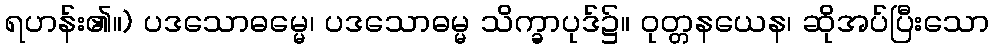
ရဟန်း၏။) ပဒသောဓမ္မေ၊ ပဒသောဓမ္မ သိက္ခာပုဒ်၌။ ဝုတ္တနယေန၊ ဆိုအပ်ပြီးသော